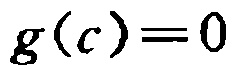
\(g(c)=0\)